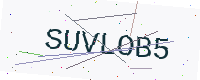
Text: SUVLOB5